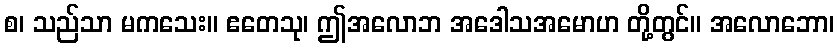
စ၊ သည်သာ မကသေး။ ဧတေသု၊ ဤအလောဘ အဒေါသအမောဟ တို့တွင်။ အလောဘော၊